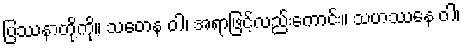
ပြဿနာတို့ကို။ သတေန ဝါ၊ အရာဖြင့်လည်းကောင်း။ သဟဿေန ဝါ၊